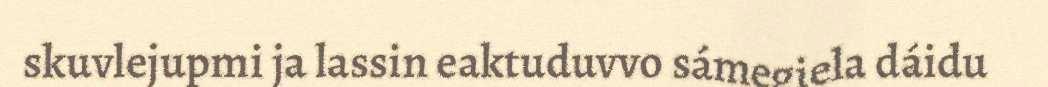
skuvlejupmi ja lassin eaktuduvvo sámegiela dáidu